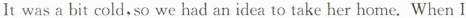
It was a bit cold,so we had an idea to take her home.When I